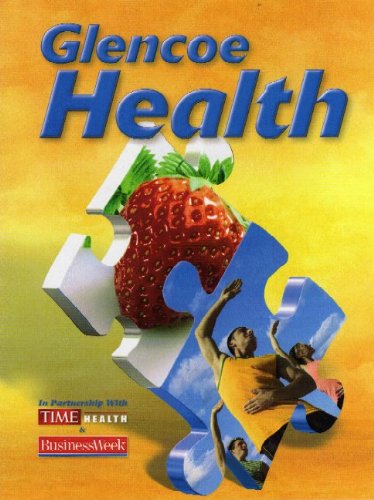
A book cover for Glencoe Health, Student Edition; McGraw-Hill; Teen & Young Adult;